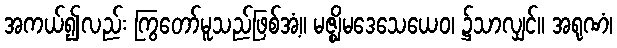
အကယ်၍လည်း ကြွတော်မူသည်ဖြစ်အံ့။ မဇ္ဈိမဒေသေယေဝ၊ ၌သာလျှင်။ အရုဏံ၊